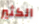
الكثير